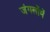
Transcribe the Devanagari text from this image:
जंगलोंमें